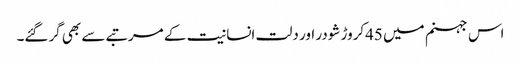
اس جہنم میں 45کروڑ شودر اور دلت انسانیت کے مرتبے سے بھی گرگئے۔